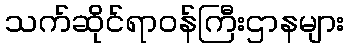
သက်ဆိုင်ရာဝန်ကြီးဌာနများ